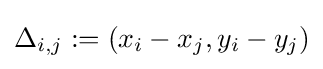
{\textstyle \Delta _{i,j}:=(x_{i}-x_{j},y_{i}-y_{j})}